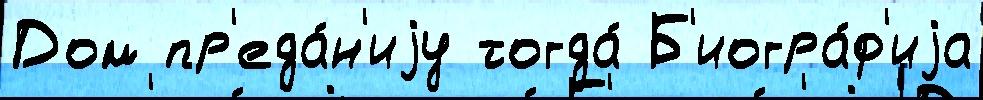
Дом пр'еда́н'иjу тогда́ Б'иогра́ф'иjа